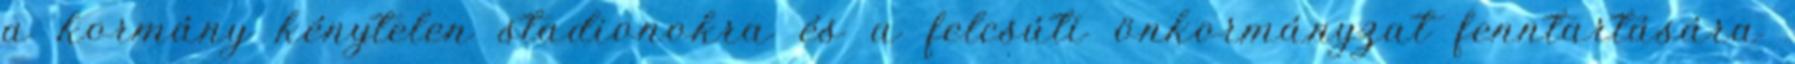
a kormány kénytelen stadionokra és a felcsúti önkormányzat fenntartására